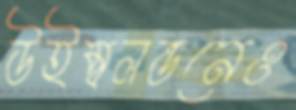
উইম্বলন্ডনেও